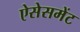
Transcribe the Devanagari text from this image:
ऐसेसमेंट